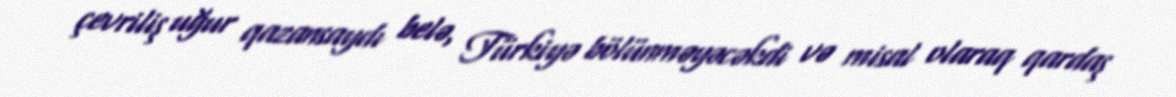
çevriliş uğur qazansaydı belə, Türkiyə bölünməyəcəkdi və misal olaraq qardaş